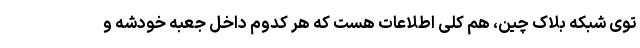
توی شبکه بلاک چین، هم کلی اطلاعات هست که هر کدوم داخل جعبه خودشه و